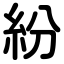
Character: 紛